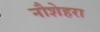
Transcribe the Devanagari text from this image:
नौशेहरा